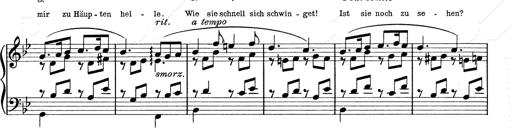
Title: 6 Polish Songs
Composer: Franz Liszt